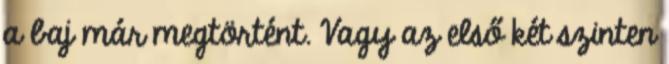
a baj már megtörtént. Vagy az első két szinten